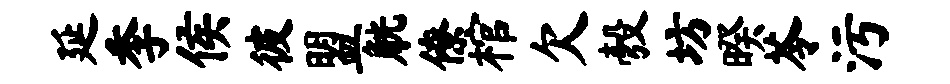
延季侯彼盟觥僚棺欠彀坊暌苓污